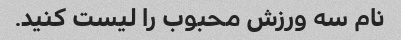
نام سه ورزش محبوب را لیست کنید.